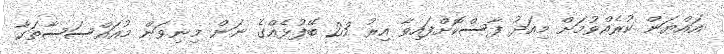
އައްޔަން ކުރެއްވުމަށް މިއަދު ފާސްކޮށްފައިވާ އިރު 23 ބޭފުޅެއްގެ ނަން މިނިވަން މުއައްސަސާތަކާ